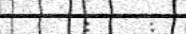
:    :